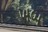
ખબ